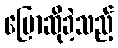
ပြောဆိုခဲ့သည့်